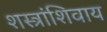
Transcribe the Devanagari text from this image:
शस्त्रांशिवाय